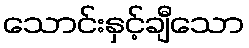
သောင်းနှင့်ချီသော